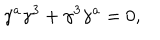
\gamma ^ { a } \gamma ^ { 3 } + \gamma ^ { 3 } \gamma ^ { a } = 0 , \qquad